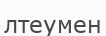
лтеумен